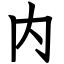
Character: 内